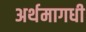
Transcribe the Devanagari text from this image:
अर्थमागधी